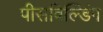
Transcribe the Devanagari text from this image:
पीसबिल्डिंग